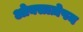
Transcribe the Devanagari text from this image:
ओक्साज़ेपम